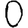
Digit: 0